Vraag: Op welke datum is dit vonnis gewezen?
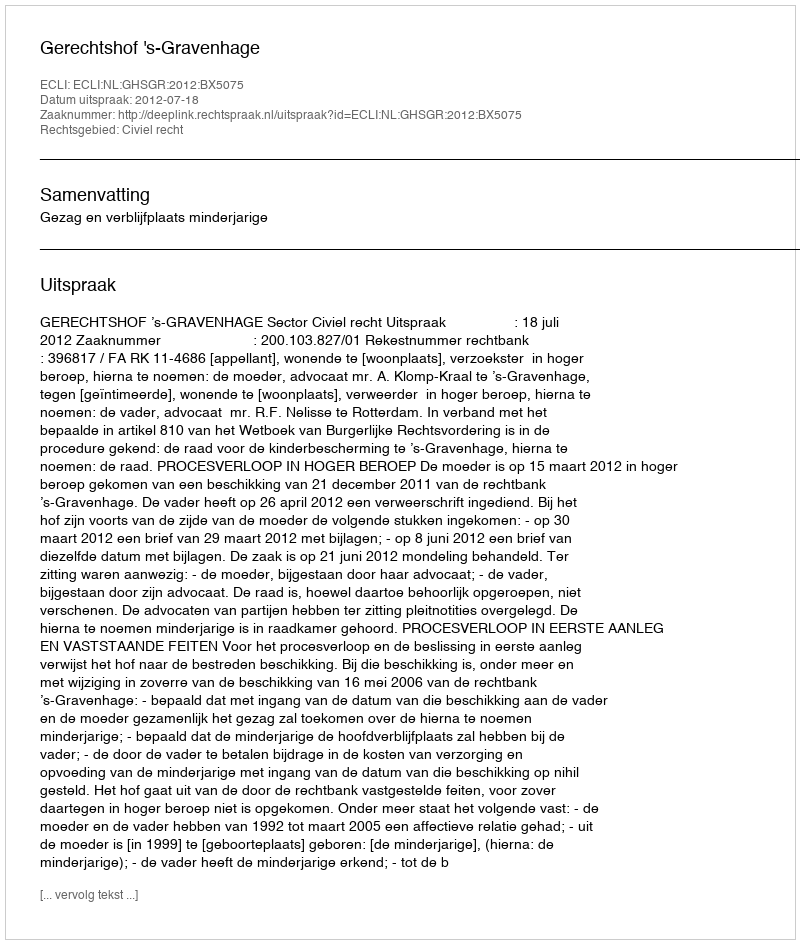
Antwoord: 2012-07-18